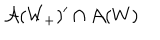
LaTeX: \mathcal { A } ( W _ { + } ) ^ { \prime } \cap \mathcal { A } ( W )